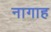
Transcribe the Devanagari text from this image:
नागाह